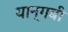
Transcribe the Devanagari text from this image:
यान्गबी